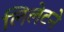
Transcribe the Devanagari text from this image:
लिलेटने